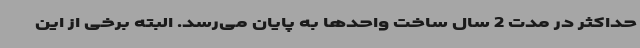
حداکثر در مدت 2 سال ساخت واحدها به پایان می‌رسد. البته برخی از این